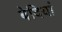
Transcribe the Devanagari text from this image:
बेदियां